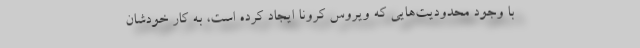
با وجود محدودیت‌هایی که ویروس کرونا ایجاد کرده است، به کار خودشان